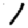
Digit: 1